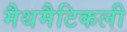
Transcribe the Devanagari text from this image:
मैथमैटिकली